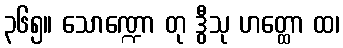
၃၆၅။ သောဏ္ဍော တု ဒွီသု ဟတ္ထော ထ၊